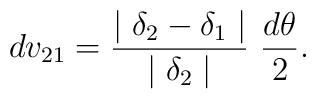
dv_{21} = \frac{\mid \delta _2 - \delta _1 \mid}   {\mid \delta _2 \mid} ~\frac{d \theta}{2}.